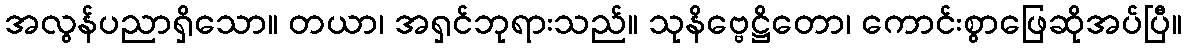
အလွန်ပညာရှိသော။ တယာ၊ အရှင်ဘုရားသည်။ သုနိဗ္ဗေဋ္ဌိတော၊ ကောင်းစွာဖြေဆိုအပ်ပြီ။